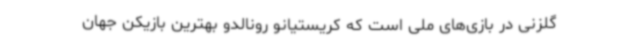
گلزنی در بازی‌های ملی است که کریستیانو رونالدو بهترین بازیکن جهان